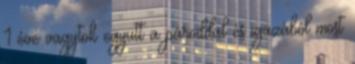
1 éve vagytok együtt a pároddal és igazából most